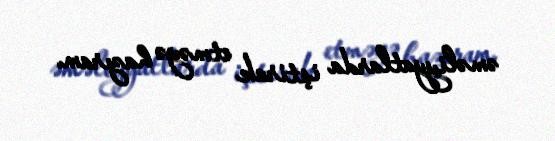
əməliyyatlarda iştirak etməyə hazıram.